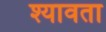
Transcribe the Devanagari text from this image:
श्यावता